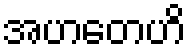
အဟတေဟိ